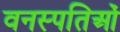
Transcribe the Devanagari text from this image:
वनस्पतिओं